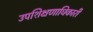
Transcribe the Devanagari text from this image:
उपशिक्षणाधिकारी